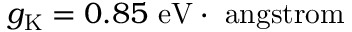
g _ { \mathrm { K } } = 0 . 8 5 ~ \mathrm { e V \cdot \ a n g s t r o m }